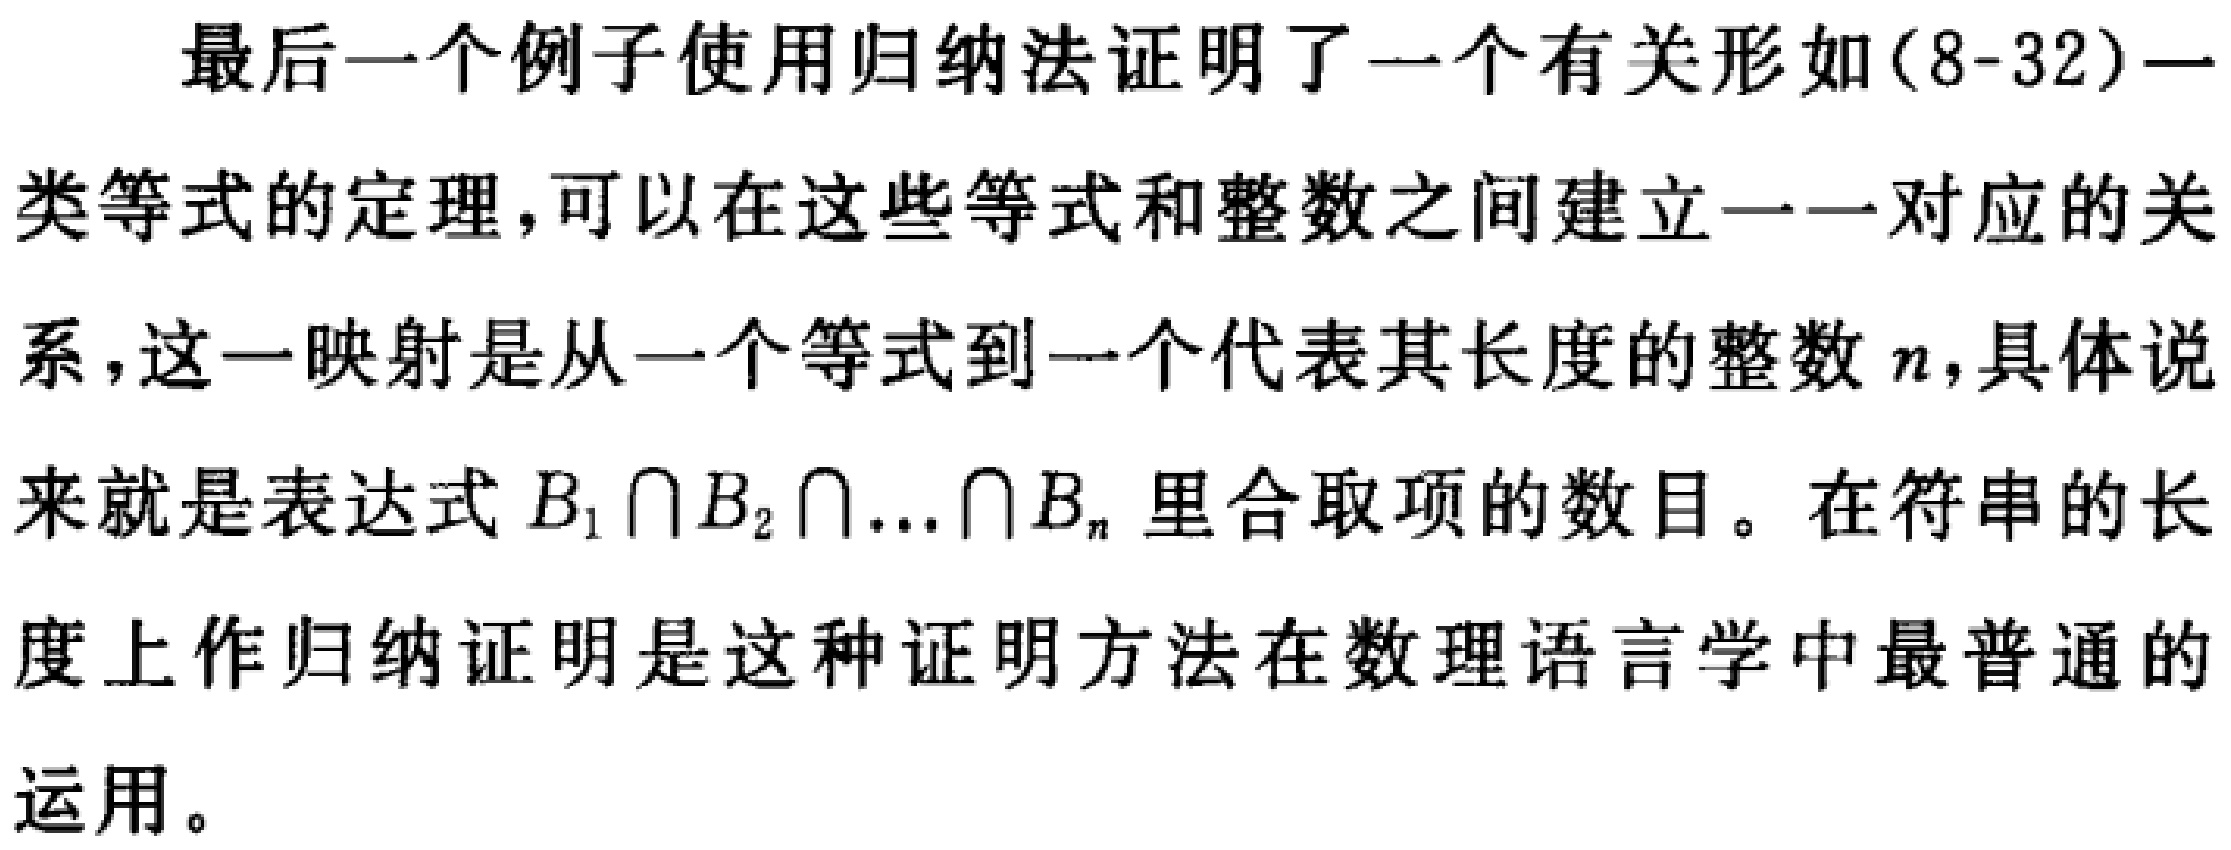
最后一个例子使用归纳法证明了一个有关形如(8-32)一类等式的定理，可以在这些等式和整数之间建立一一对应的关系，这一映射是从一个等式到一个代表其长度的整数 \(n\)，具体说来就是表达式 \(B_1 \cap B_2 \cap... \cap B_n\) 里合取项的数目。在符串的长度上作归纳证明是这种证明方法在数理语言学中最普通的运用。